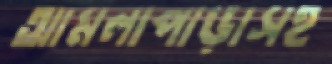
আমলাপাড়াসহ